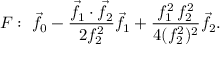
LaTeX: F : \ { \vec { f } } _ { 0 } - { \frac { { \vec { f } } _ { 1 } \cdot { \vec { f } } _ { 2 } } { 2 f _ { 2 } ^ { 2 } } } { \vec { f } } _ { 1 } + { \frac { f _ { 1 } ^ { 2 } \, f _ { 2 } ^ { 2 } } { 4 ( f _ { 2 } ^ { 2 } ) ^ { 2 } } } { \vec { f } } _ { 2 } .